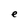
Character: e